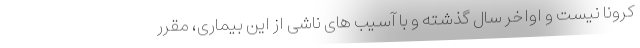
کرونا نیست و اواخر سال گذشته و با آسیب های ناشی از این بیماری، مقرر